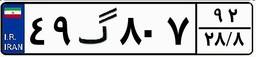
۶۲گ۵۸۳۰۱